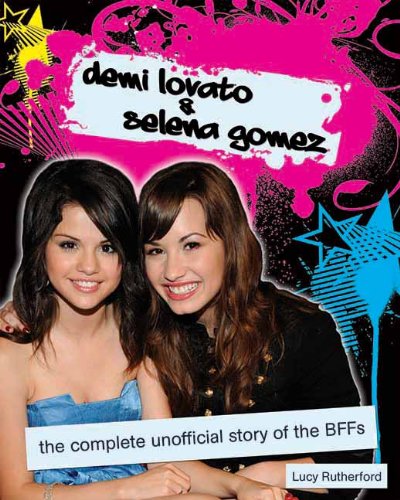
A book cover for Demi Lovato & Selena Gomez: The Complete Unofficial Story of the BFFs; Lucy Rutherford; Teen & Young Adult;